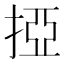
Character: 掗